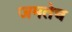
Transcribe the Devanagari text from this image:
जमतेच